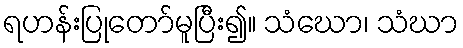
ရဟန်းပြုတော်မူပြီး၍။ သံဃော၊ သံဃာ